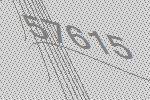
57615